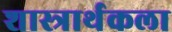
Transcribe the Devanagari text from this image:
शास्त्रार्थकला